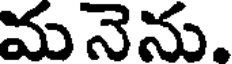
మనెను.